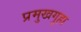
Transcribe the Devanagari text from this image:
प्रमुखगुहा